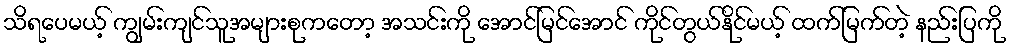
သိရပေမယ့် ကျွမ်းကျင်သူအများစုကတော့ အသင်းကို အောင်မြင်အောင် ကိုင်တွယ်နိုင်မယ့် ထက်မြက်တဲ့ နည်းပြကို